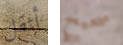
أثقل صحيح